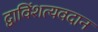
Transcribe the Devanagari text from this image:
द्वाविंशत्यवदान